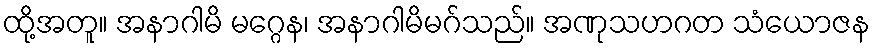
ထို့အတူ။ အနာဂါမိ မဂ္ဂေန၊ အနာဂါမိမဂ်သည်။ အဏုသဟဂတ သံယောဇန